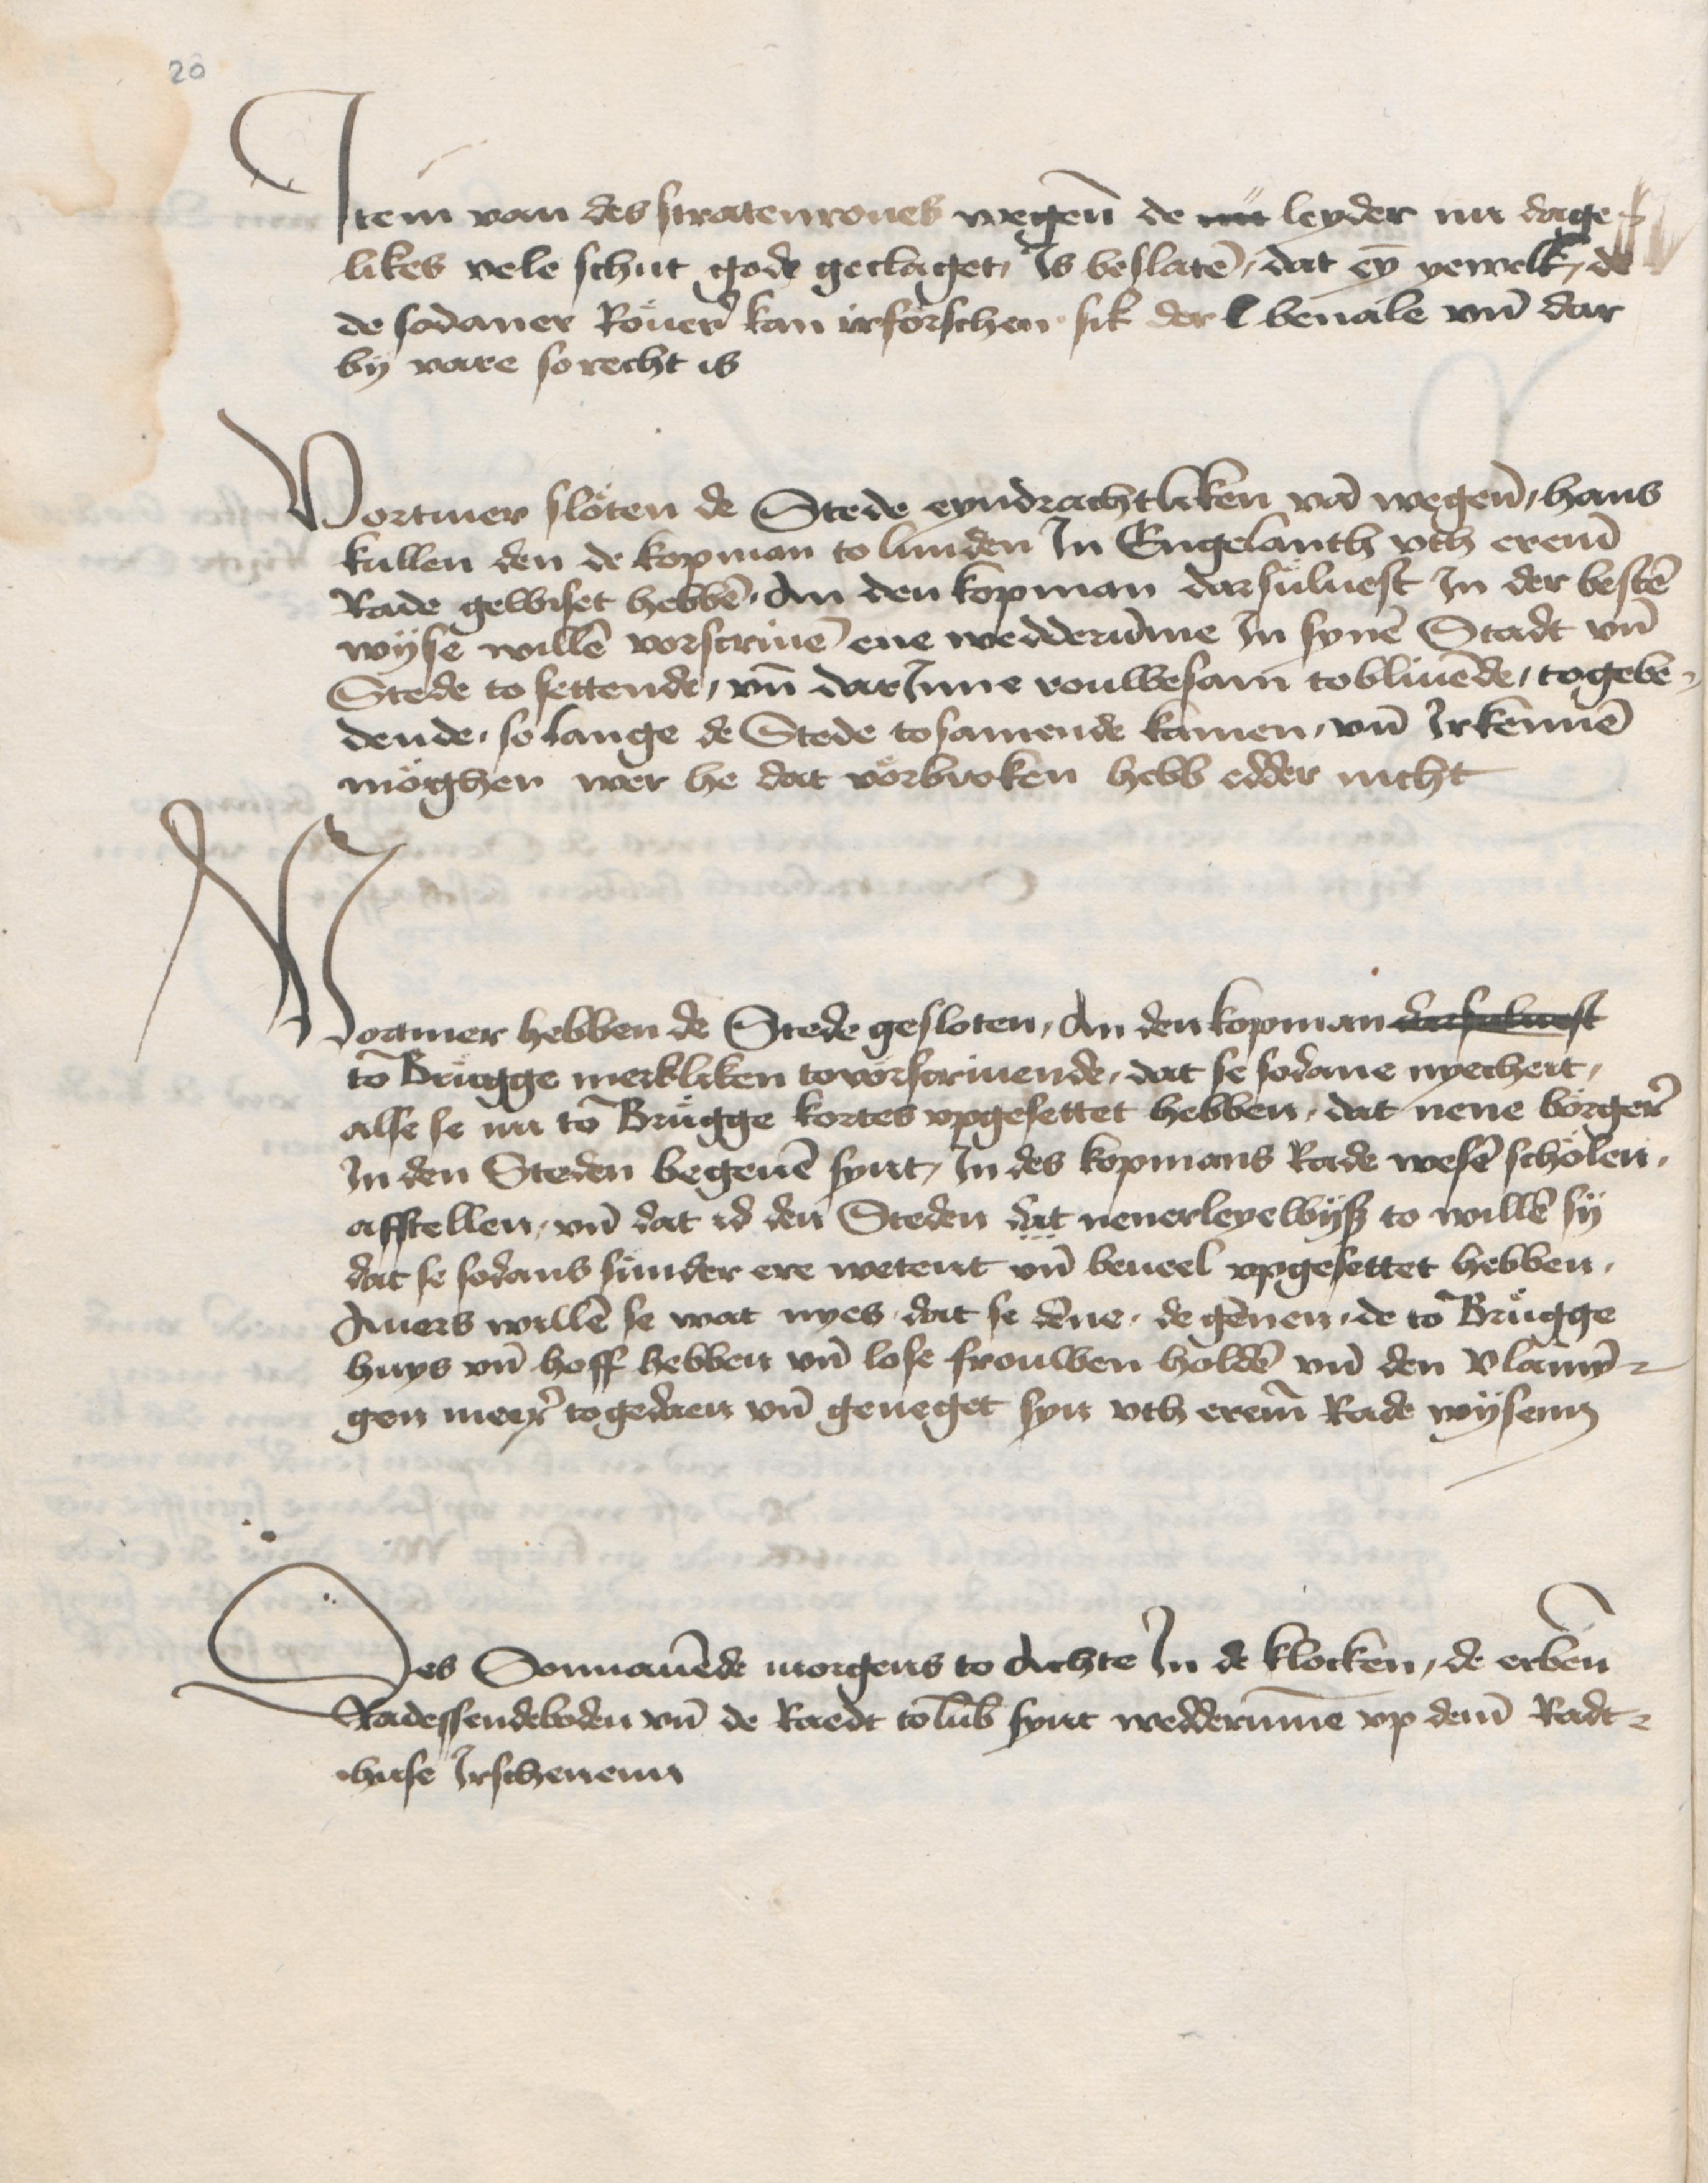
20

Jtem van des stratenroues wegene de nu leyder ni dage¬
likes vele schut gode geclaget, is beslaten, dat eyn yewelk, de
de sodaner Roeuer kan irforschen, sik der C beuale vnd dar
by vare so recht is.

Vortmer sloeten de Stede eyndrachtliken van wegene, Hans
Kullen den de kopman to Lunden Jn Engelanth vth ereme
Rade gewiset hebben . an den kopman darsueluest Jn der besten
wyse willen vorscriuen ene wedderumme Jn synen Stadt vnd
Stede to settende, vnd darJnne rouwesam tobliuende, togebe¬
dende . so lange de Stede tosamende kamen, vnd Jrkennen
moeghen wer he dat voerbroken hebb edder nicht.

Vortmer hebben de Stede gesloten, an den kopman darsuluest
to Brugge merkliken tovorscriuende, dat se sodane nyecheit,
alse se nu to Brugge kortes vpgesettet hebben, dat nene boerger
Jn den Steden begeuen synt, Jn des kopmans Rade wesen scholen.
afstellen, vnd dat id den Steden dat nenerleyewys to willen sy
dat se sodans sunder ere wetent vnd beueel vpgesettet hebben,
Auers willen se wat nyes dat se denne . de gennen . de to Brugge
huys vnd hoff hebbeit vnd lose frouwen holden vnd den Vlamyn¬
gen meer togedaen vnd geneget syn vth ereme Rade wysenn.

Des Sonnauende morgens to achte Jn de klocken, de erbenomeden
Radessendeboden vnd de Raedt to Lubeke synt wedderumme vp deme Radt¬
huse Jrschenenn